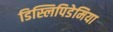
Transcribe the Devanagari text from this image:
डिस्लिपिडेमिया